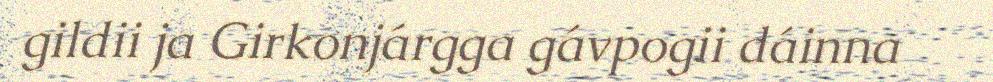
gildii ja Girkonjárgga gávpogii dáinna